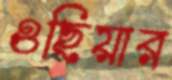
ওছিয়ার